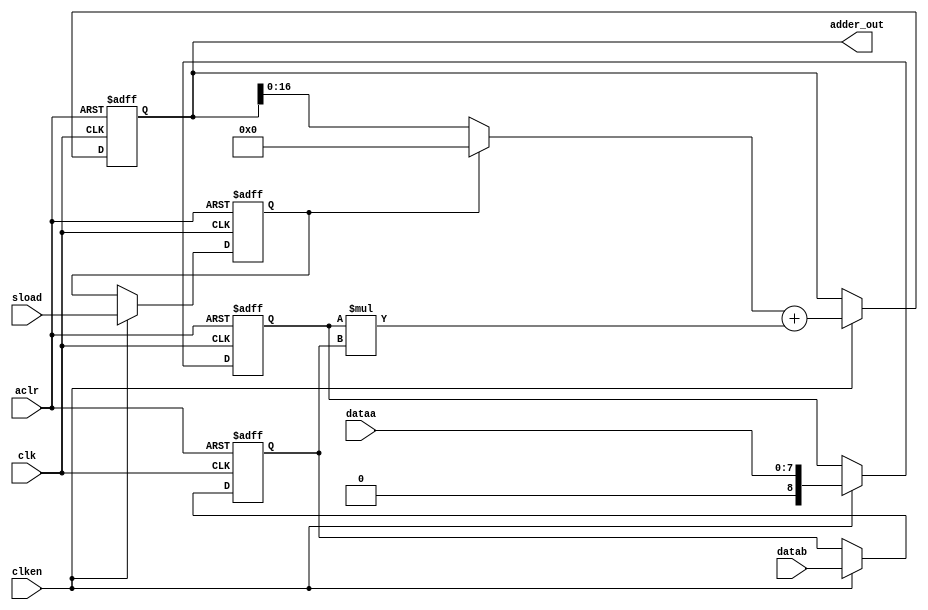
module sig_altmult_accum2
(
	input [7:0] dataa,
	input [7:0] datab,
	input clk, aclr, clken, sload,
	output signed [17:0] adder_out
);

	// Declare registers and wires
	reg signed [7:0] datab_reg;
	reg signed [8:0] dataa_reg;
	reg	signed [16:0] old_result;
	reg signed [17:0] accum_out;
	wire signed [17:0] multa;
	reg sload_reg;
	
	// Store the results of the operations on the current data
	assign multa = dataa_reg * datab_reg;
	//assign multa = $signed({1'b0, dataa}) * $signed(datab);
	
	// Store the value of the accumulation (or clear it)
	always @ (accum_out, sload_reg)
	begin
		if (sload_reg)
			old_result <= 0;
		else
			old_result <= accum_out;
	end

	assign adder_out = accum_out;
	
	// Clear or update data, as appropriate
	always @ (posedge clk or posedge aclr)
	begin
		if (aclr)
		begin
			dataa_reg <= 0;
			datab_reg <= 0;
			sload_reg <= 0;
			accum_out <= 0;
		end
		
		else if (clken)
		begin
			dataa_reg <= $signed({1'b0, dataa});
			datab_reg <= $signed(datab);
			sload_reg <= sload;
			accum_out <= old_result + multa;
		end

	end
endmodule